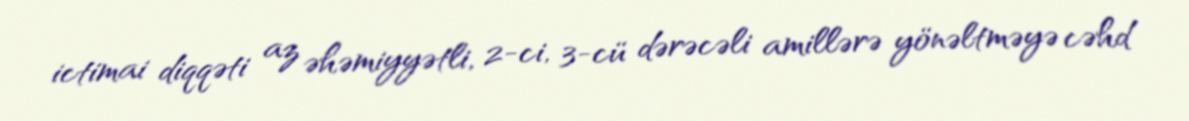
ictimai diqqəti az əhəmiyyətli, 2-ci, 3-cü dərəcəli amillərə yönəltməyə cəhd